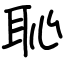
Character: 恥